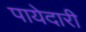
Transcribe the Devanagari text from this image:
पायेदारी